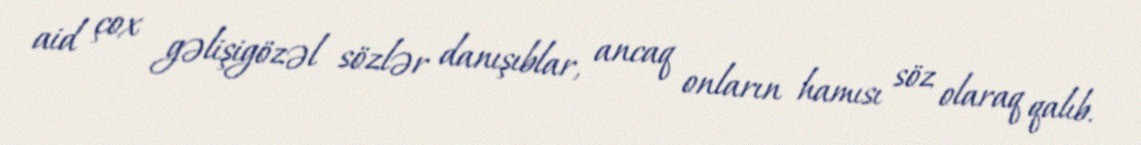
aid çox gəlişigözəl sözlər danışıblar, ancaq onların hamısı söz olaraq qalıb.